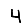
Digit: 4